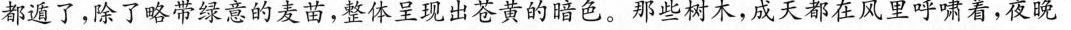
都遁了，除了略带绿意的麦苗，整体呈现出苍黄的暗色。那些树木，成天都在风里呼啸着，夜晚